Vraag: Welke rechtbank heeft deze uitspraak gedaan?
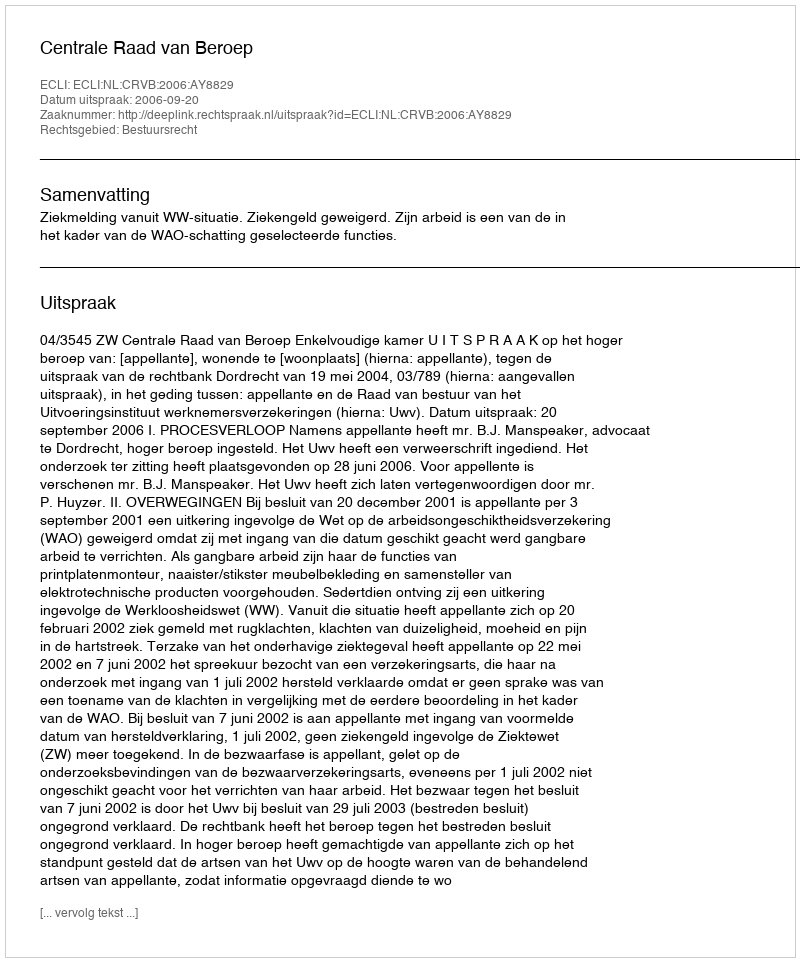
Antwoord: Centrale Raad van Beroep